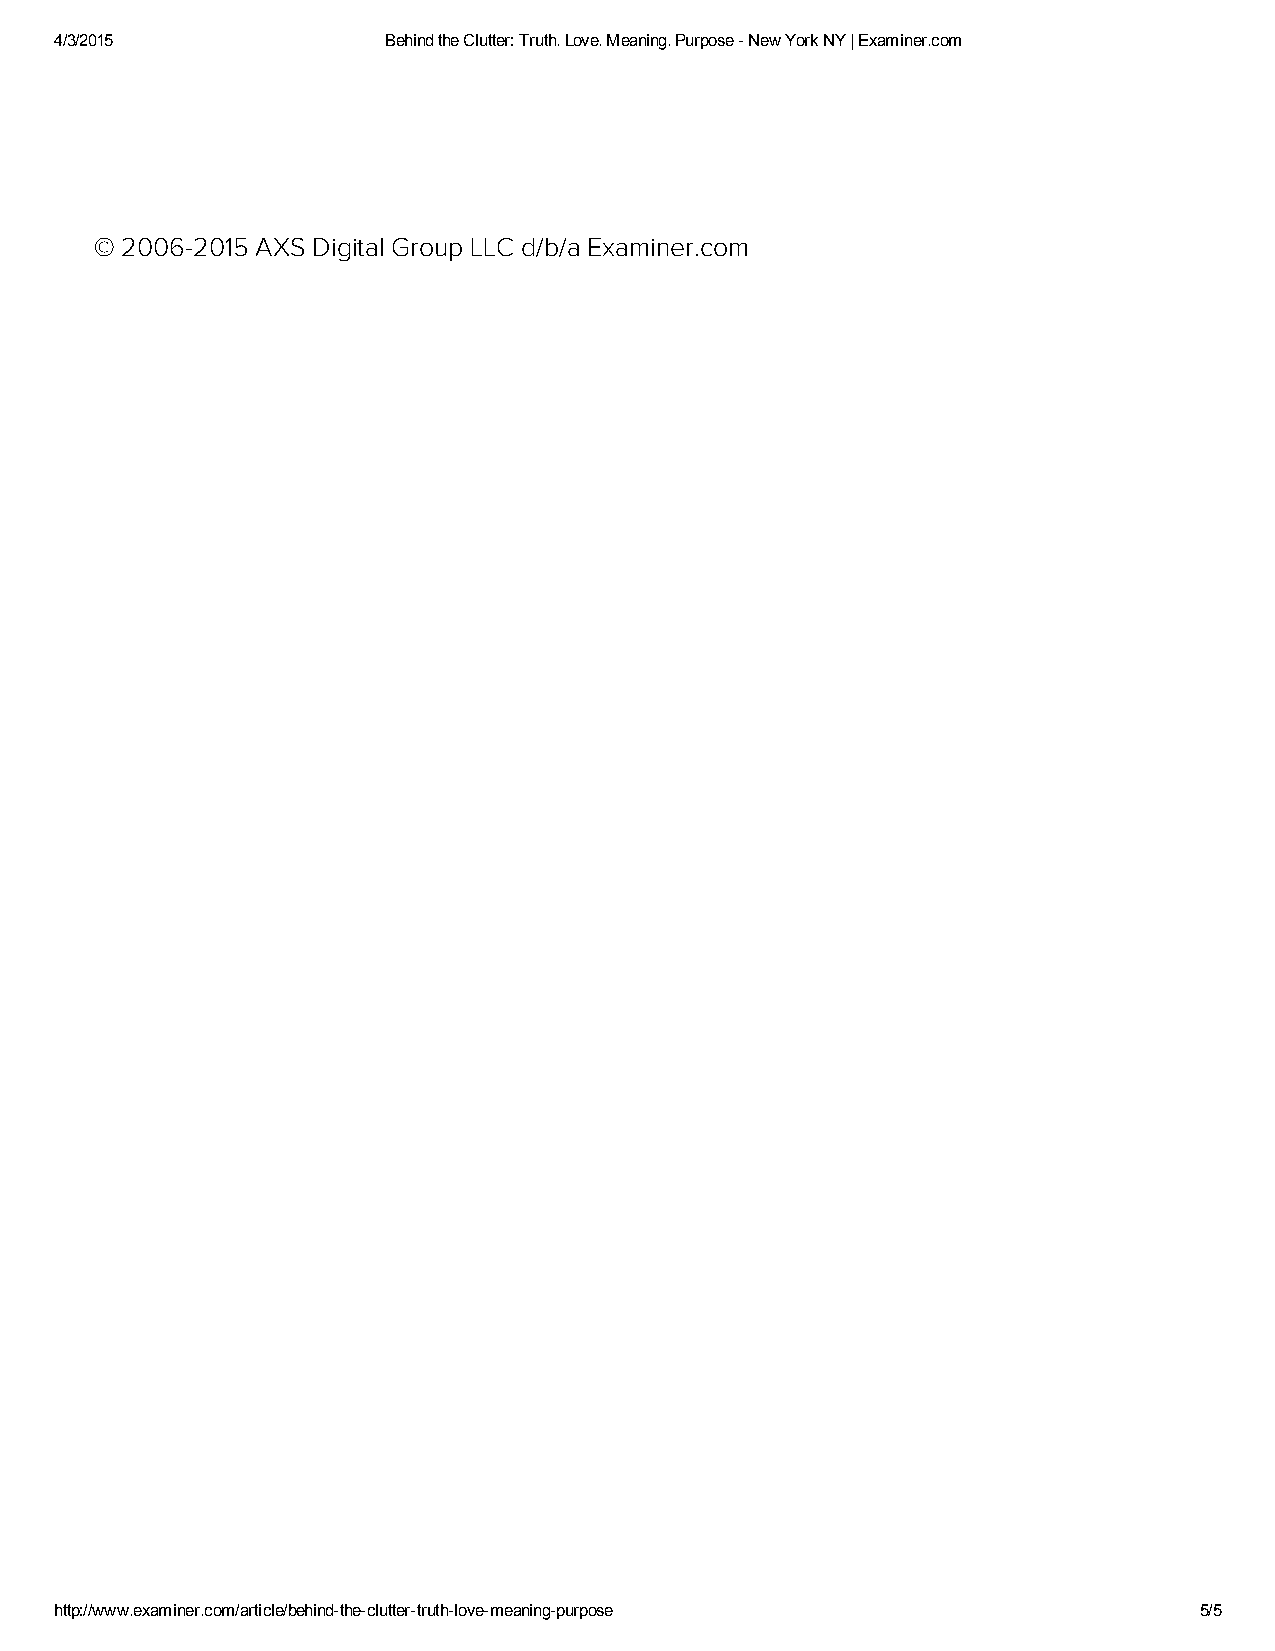
4/3/2015              Behind the Clutter: Truth. Love. Meaning. Purpose ­ New York NY | Examiner.com
 © 2006-2015 AXS Digital Group LLC d/b/a Examiner.com
 http://www.examiner.com/article/behind­the­clutter­truth­love­meaning­purpose 5/5